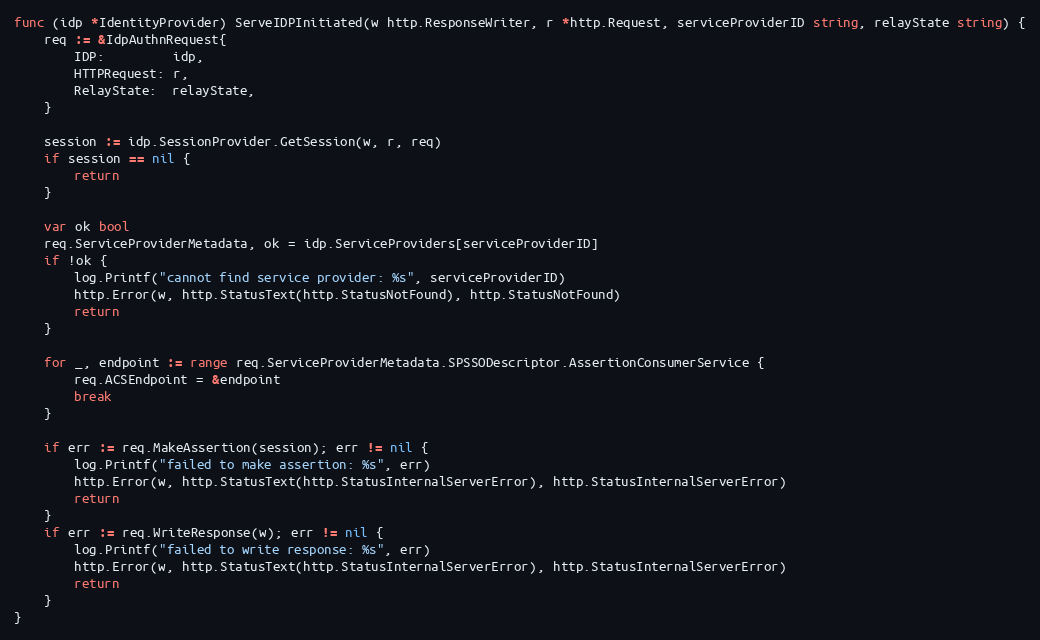
Language: Go
func (idp *IdentityProvider) ServeIDPInitiated(w http.ResponseWriter, r *http.Request, serviceProviderID string, relayState string) {
	req := &IdpAuthnRequest{
		IDP:         idp,
		HTTPRequest: r,
		RelayState:  relayState,
	}

	session := idp.SessionProvider.GetSession(w, r, req)
	if session == nil {
		return
	}

	var ok bool
	req.ServiceProviderMetadata, ok = idp.ServiceProviders[serviceProviderID]
	if !ok {
		log.Printf("cannot find service provider: %s", serviceProviderID)
		http.Error(w, http.StatusText(http.StatusNotFound), http.StatusNotFound)
		return
	}

	for _, endpoint := range req.ServiceProviderMetadata.SPSSODescriptor.AssertionConsumerService {
		req.ACSEndpoint = &endpoint
		break
	}

	if err := req.MakeAssertion(session); err != nil {
		log.Printf("failed to make assertion: %s", err)
		http.Error(w, http.StatusText(http.StatusInternalServerError), http.StatusInternalServerError)
		return
	}
	if err := req.WriteResponse(w); err != nil {
		log.Printf("failed to write response: %s", err)
		http.Error(w, http.StatusText(http.StatusInternalServerError), http.StatusInternalServerError)
		return
	}
}